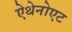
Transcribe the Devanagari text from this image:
ऐथेनोएट